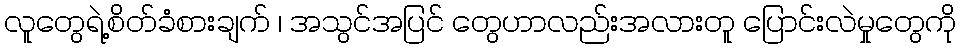
လူတွေရဲ့စိတ်ခံစားချက် ၊ အသွင်အပြင် တွေဟာလည်းအလားတူ ပြောင်းလဲမှုတွေကို